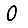
Digit: 0